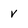
Character: v